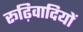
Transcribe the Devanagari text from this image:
रूढ़िवादियों